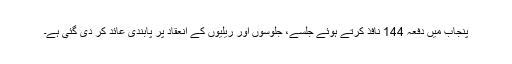
پنجاب میں دفعہ 144 نافذ کرتے ہوئے جلسے، جلوسوں اور ریلیوں کے انعقاد پر پابندی عائد کر دی گئی ہے۔